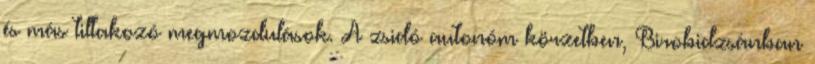
és más tiltakozó megmozdulások. A zsidó autonóm körzetben, Birobidzsánban